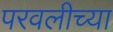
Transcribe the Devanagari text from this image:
परवलीच्या